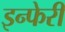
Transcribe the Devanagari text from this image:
इन्फेरी